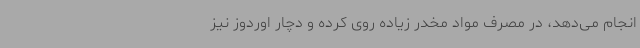
انجام می‌دهد، در مصرف مواد مخدر زیاده روی کرده و دچار اوردوز نیز